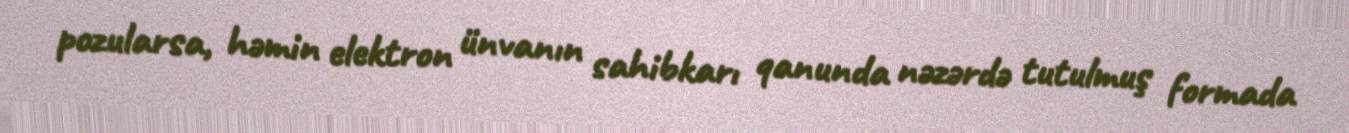
pozularsa, həmin elektron ünvanın sahibkarı qanunda nəzərdə tutulmuş formada